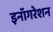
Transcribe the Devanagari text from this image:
इनॉगरेशन